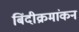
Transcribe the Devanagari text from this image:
बिंदीक्रमांकन